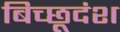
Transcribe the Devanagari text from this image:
बिच्छूदंश